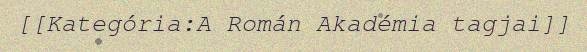
[[Kategória:A Román Akadémia tagjai]]